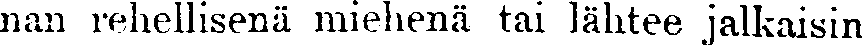
nan rehellisenä miehenä tai lähtee jalkaisin